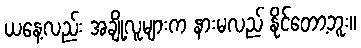
ယနေ့လည်း အချို့လူများက နားမလည် နိုင်တော့ဘူး။